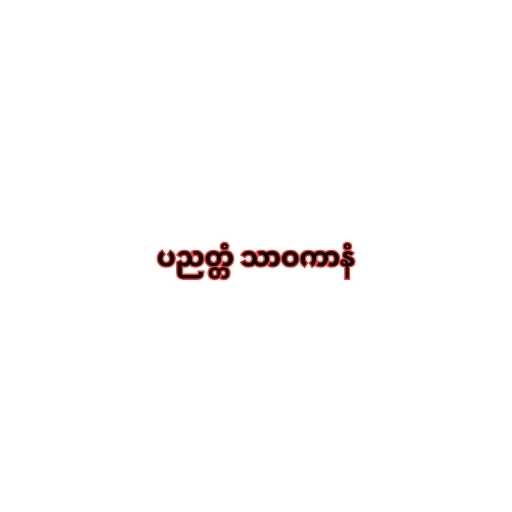
ပညတ္တံ သာဝကာနံ